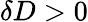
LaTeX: \delta D>0